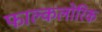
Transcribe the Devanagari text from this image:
फाल्कलोरिक